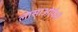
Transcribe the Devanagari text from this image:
लासाओफैरी